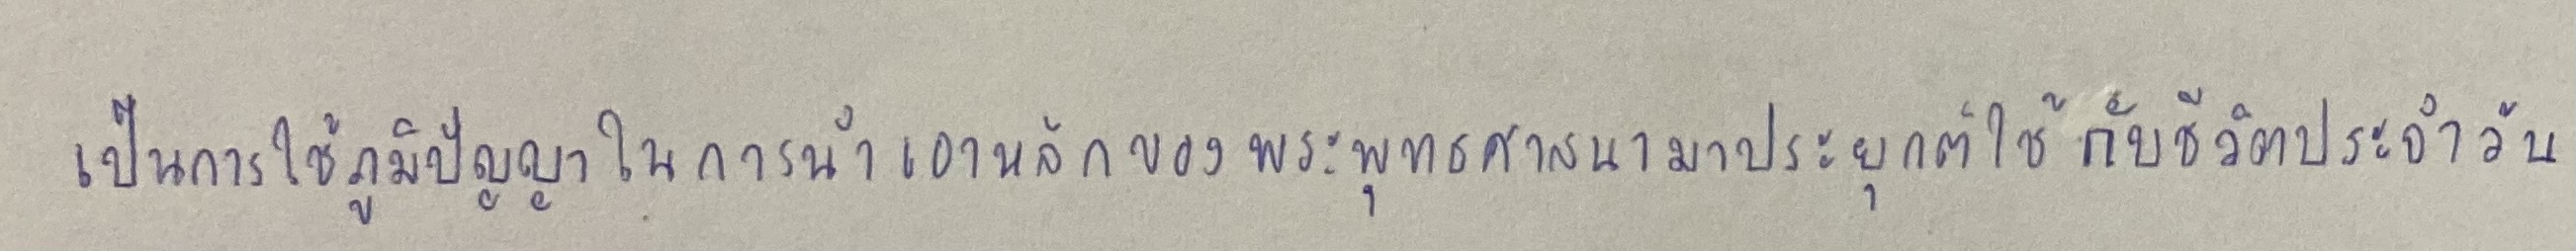
เป็นการใช้ภูมิปัญญาในการนำเอาหลักของพระพุทธศาสนามาประยุกต์ใช้กับชีวิตประจำวัน